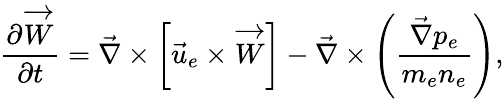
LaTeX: \frac{\partial\overrightarrow{W}}{\partial t}=\vec{\nabla}\times\left[\vec{u}_{e}\times\overrightarrow{W}\right]-\vec{\nabla}\times\left(\frac{\vec{\nabla}p_{e}}{m_{e}n_{e}}\right),